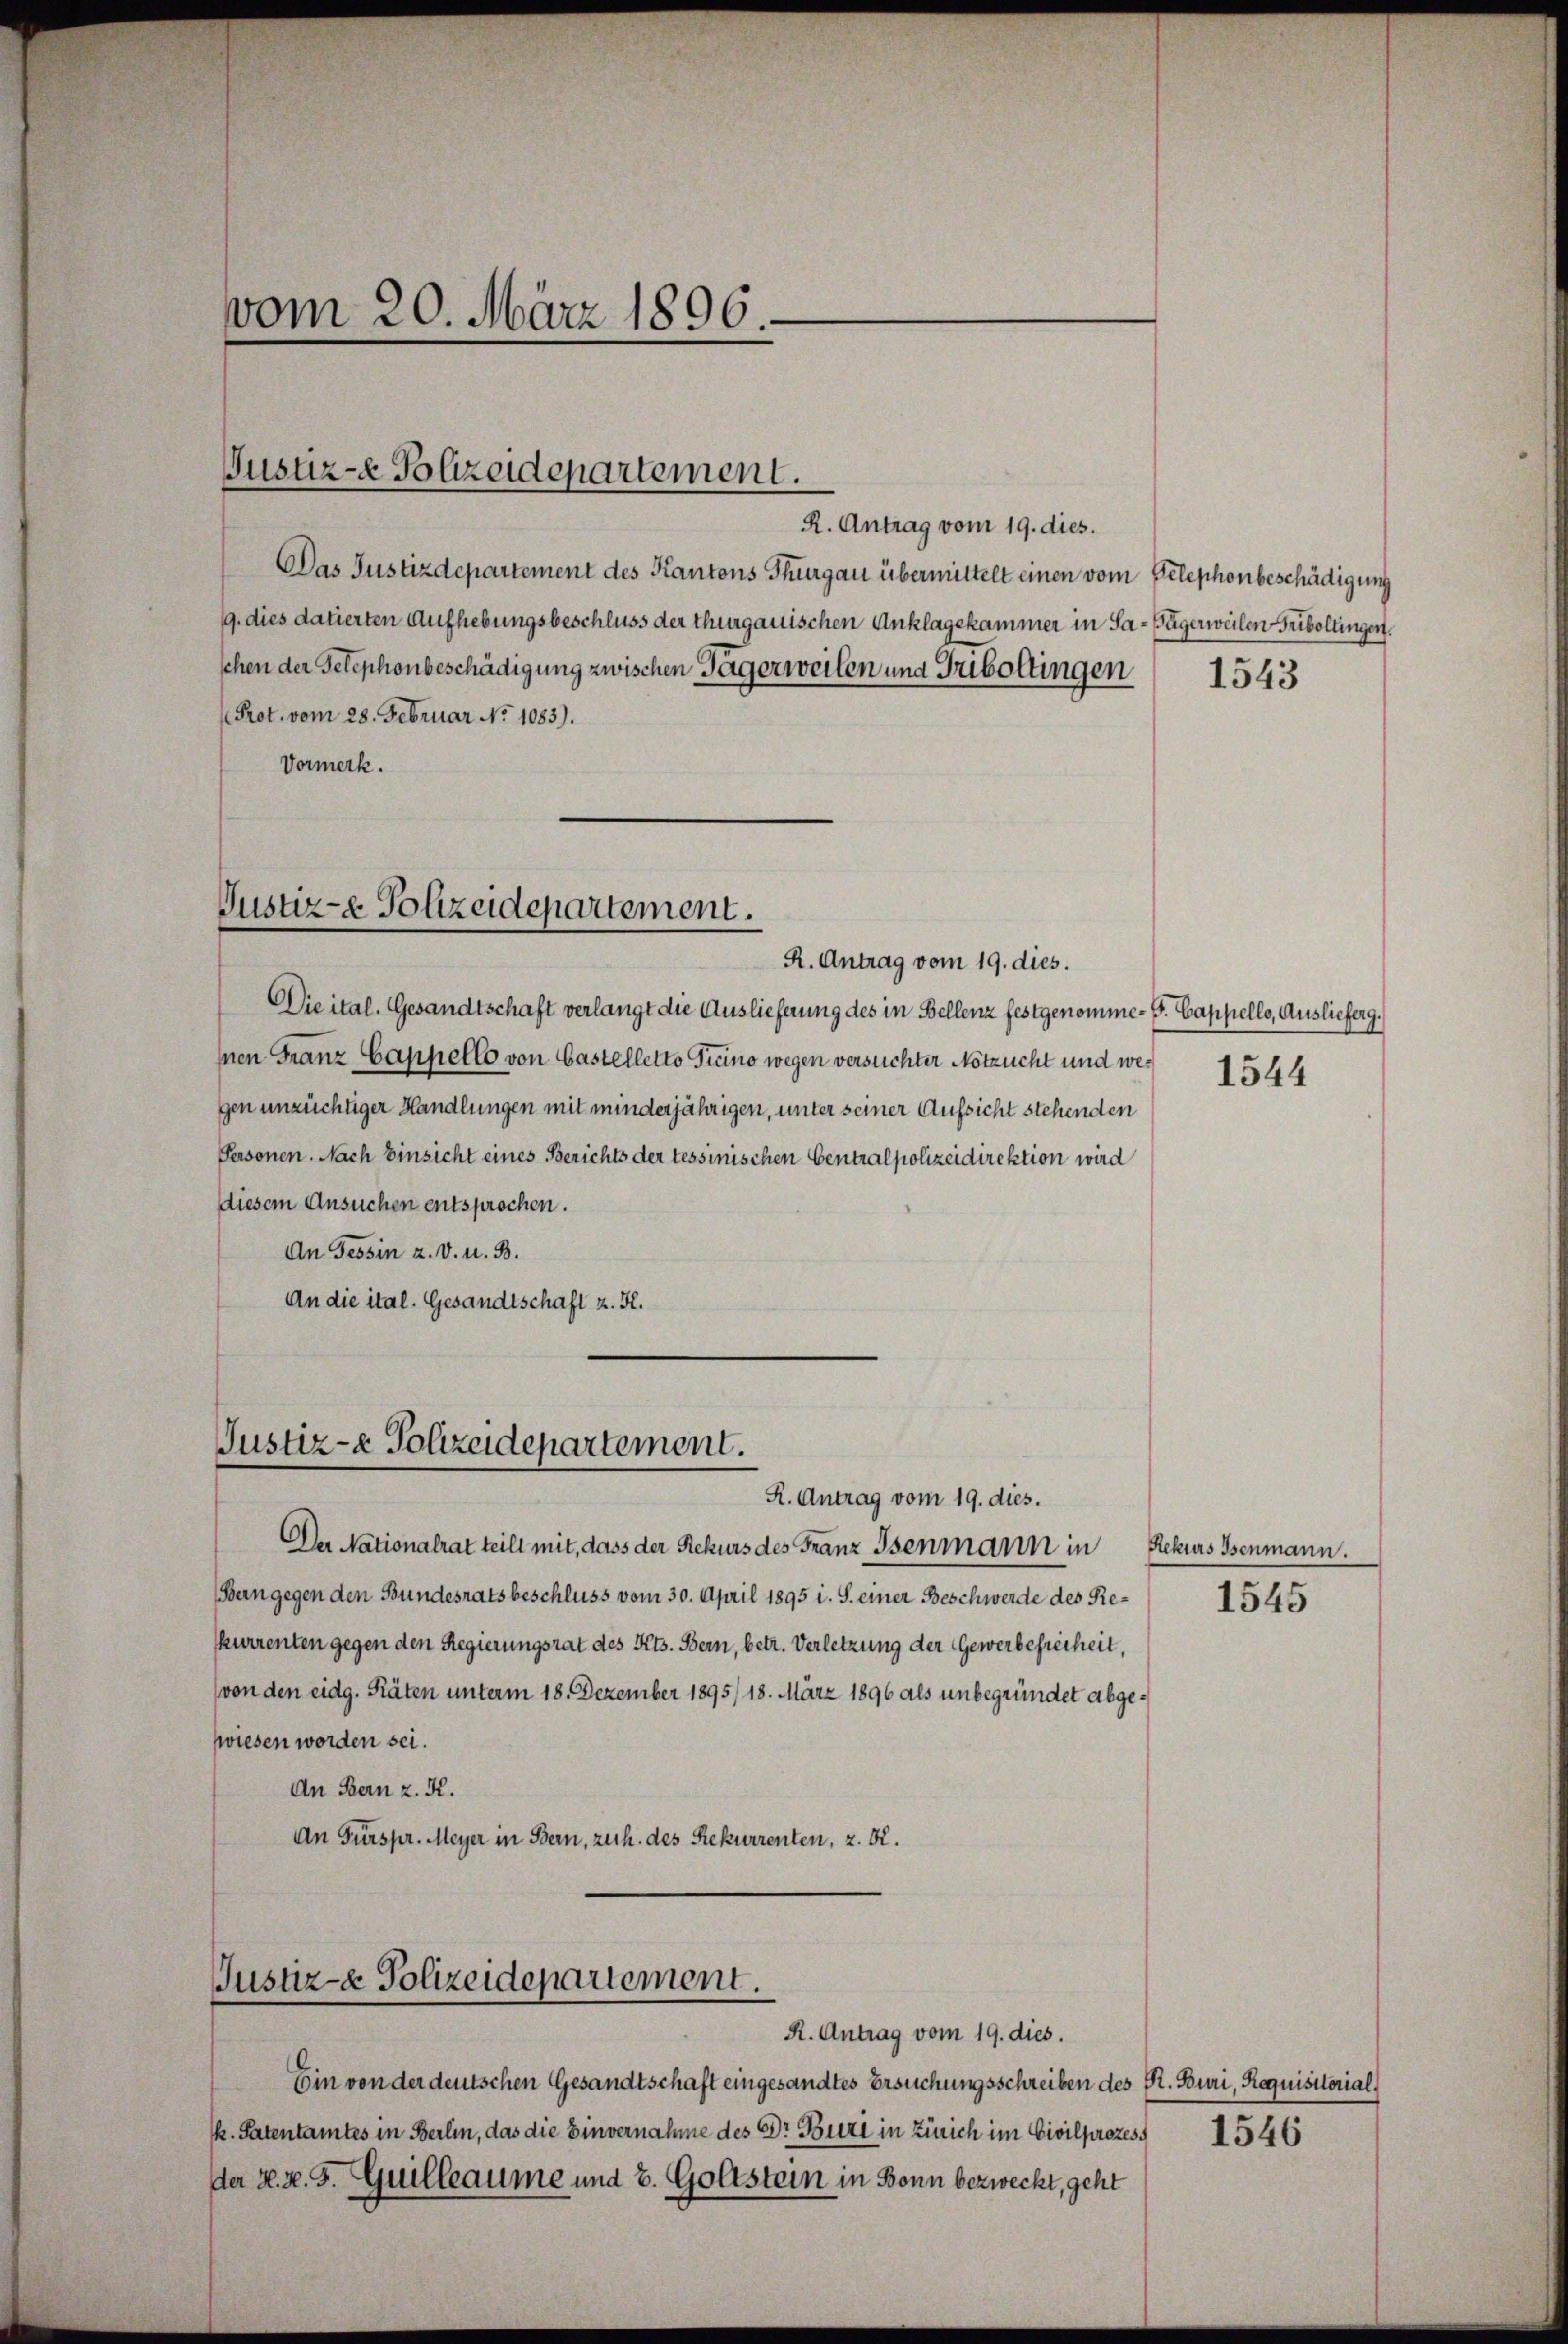
vom 20. März 1896

Justiz-e Polizeidepartement.

R. Antrag vom 19. dies.
Das Justizdepartement des Kantons Thurgau übermittelt einen vom Telephonbeschädigung
9. dies datierten Aufhebungsbeschluss der thurgauischen Anklagekammer in Sa-Fägerweilen Friboltingen.
schen der Telephonbeschädigung zwischen Gagerweilen und Triboltingen
Prot. vom 28. Februar No 1083).
Vormerk.

Justiz- & Polizeidepartement.
R. Antrag vom 19. dies.

Die ital. Gesandtschaft verlangt die Auslieferung des in Bellenz festgenomme- F. Cappello, Auslieferg.
nen Granz Cappello von Castelletto Ticino wegen versuchter Notzucht und wegen unzüchtiger Handlungen mit minderjährigen, unter seiner Aufsicht stehenden
Personen. Nach Einsicht eines Berichts der tessinischen Centralpolizeidirektion wird
diesem Ansuchen entsprochen.
An Tessin u. v. u. B.
An die ital. Gesandtschaft z. K.

Justiz- & Polizeidepartement.
R. Antrag vom 19. dies.

Der Nationalrat teilt mit, dass der Rekurs des Franz Isenmann in Rekurs Isenmann.
Bern gegen den Bundesrats beschluss vom 30. April 1895 i. S. einer Beschwerde des Reskurrenten gegen den Regierungsrat des Kts. Bern, betr. Verletzung der Gewerbefreiheit,
(von den eidg. Räten unterm 18. Dezember 1895/ 18. März 1896 als unbegründet abgezwiesen worden sei.
An Bern z. K.
An Fürspr. Meyer in Bern, zuch. des Rekurrenten, z. B.

Justiz- & Polizeidepartement.
R. Antrag vom 19. dies.

Ein von der deutschen Gesandtschaft eingesandtes Ersuchungsschreiben des St. Buri, Requisitorialk. Patentamtes in Berlin, das die Einvernahme des Dr. Buri in Zürich im Civilprozess
der k. k. J. Guilleaume und b. Goltstein in Bonn bezweckt, geht

1543

1544

1545

1546